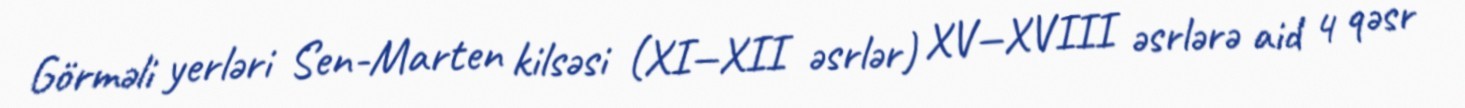
Görməli yerləri Sen-Marten kilsəsi (XI—XII əsrlər) XV—XVIII əsrlərə aid 4 qəsr